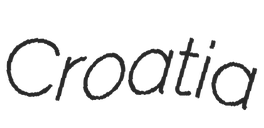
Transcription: Croatia